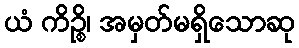
ယံ ကိဉ္စိ၊ အမှတ်မရှိသောဆု